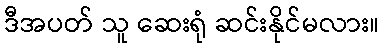
ဒီအပတ် သူ ဆေးရုံ ဆင်းနိုင်မလား။